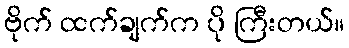
ဗိုက် ထက်ချက်က ပို ကြီးတယ်။